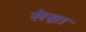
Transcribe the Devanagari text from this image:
सेस्ना